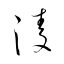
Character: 淩